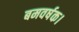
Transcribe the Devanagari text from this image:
बमवर्षक।